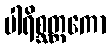
ပါရိစ္ဆတ္တကော